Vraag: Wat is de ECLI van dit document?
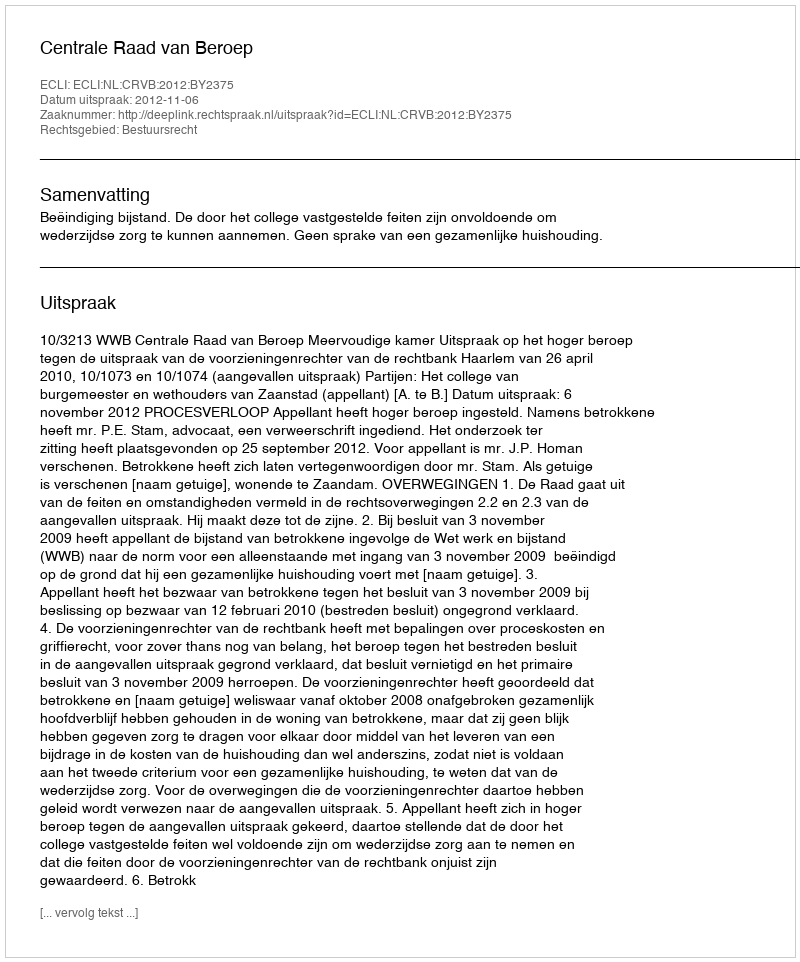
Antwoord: ECLI:NL:CRVB:2012:BY2375